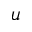
u